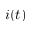
i ( t )